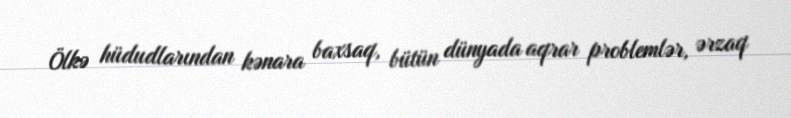
Ölkə hüdudlarından kənara baxsaq, bütün dünyada aqrar problemlər, ərzaq